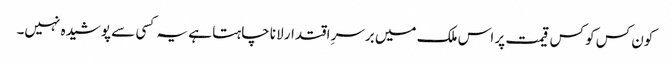
کون کس کو کس قیمت پر اس ملک میں برسرِ اقتدار لانا چاہتا ہے یہ کسی سے پوشیدہ نہیں۔